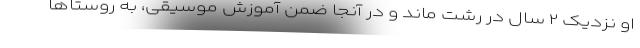
او نزدیک ۲ سال در رشت ماند و در آنجا ضمن آموزش موسیقی، به روستاها